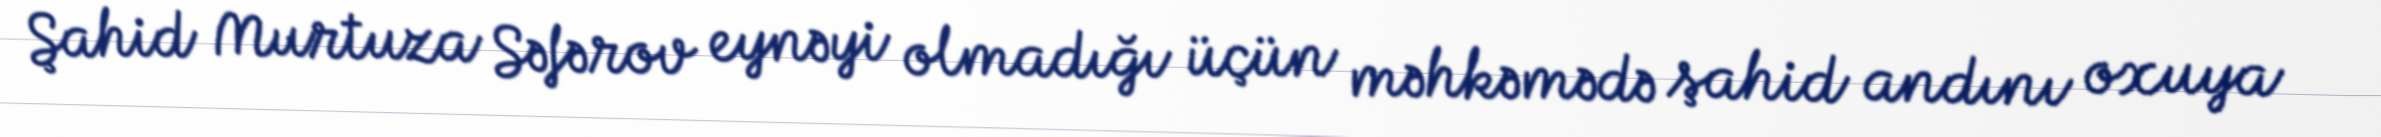
Şahid Murtuza Səfərov eynəyi olmadığı üçün məhkəmədə şahid andını oxuya